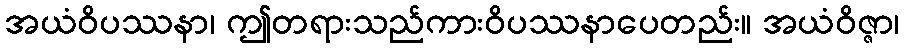
အယံဝိပဿနာ၊ ဤတရားသည်ကားဝိပဿနာပေတည်း။ အယံဝိဇ္ဇာ၊